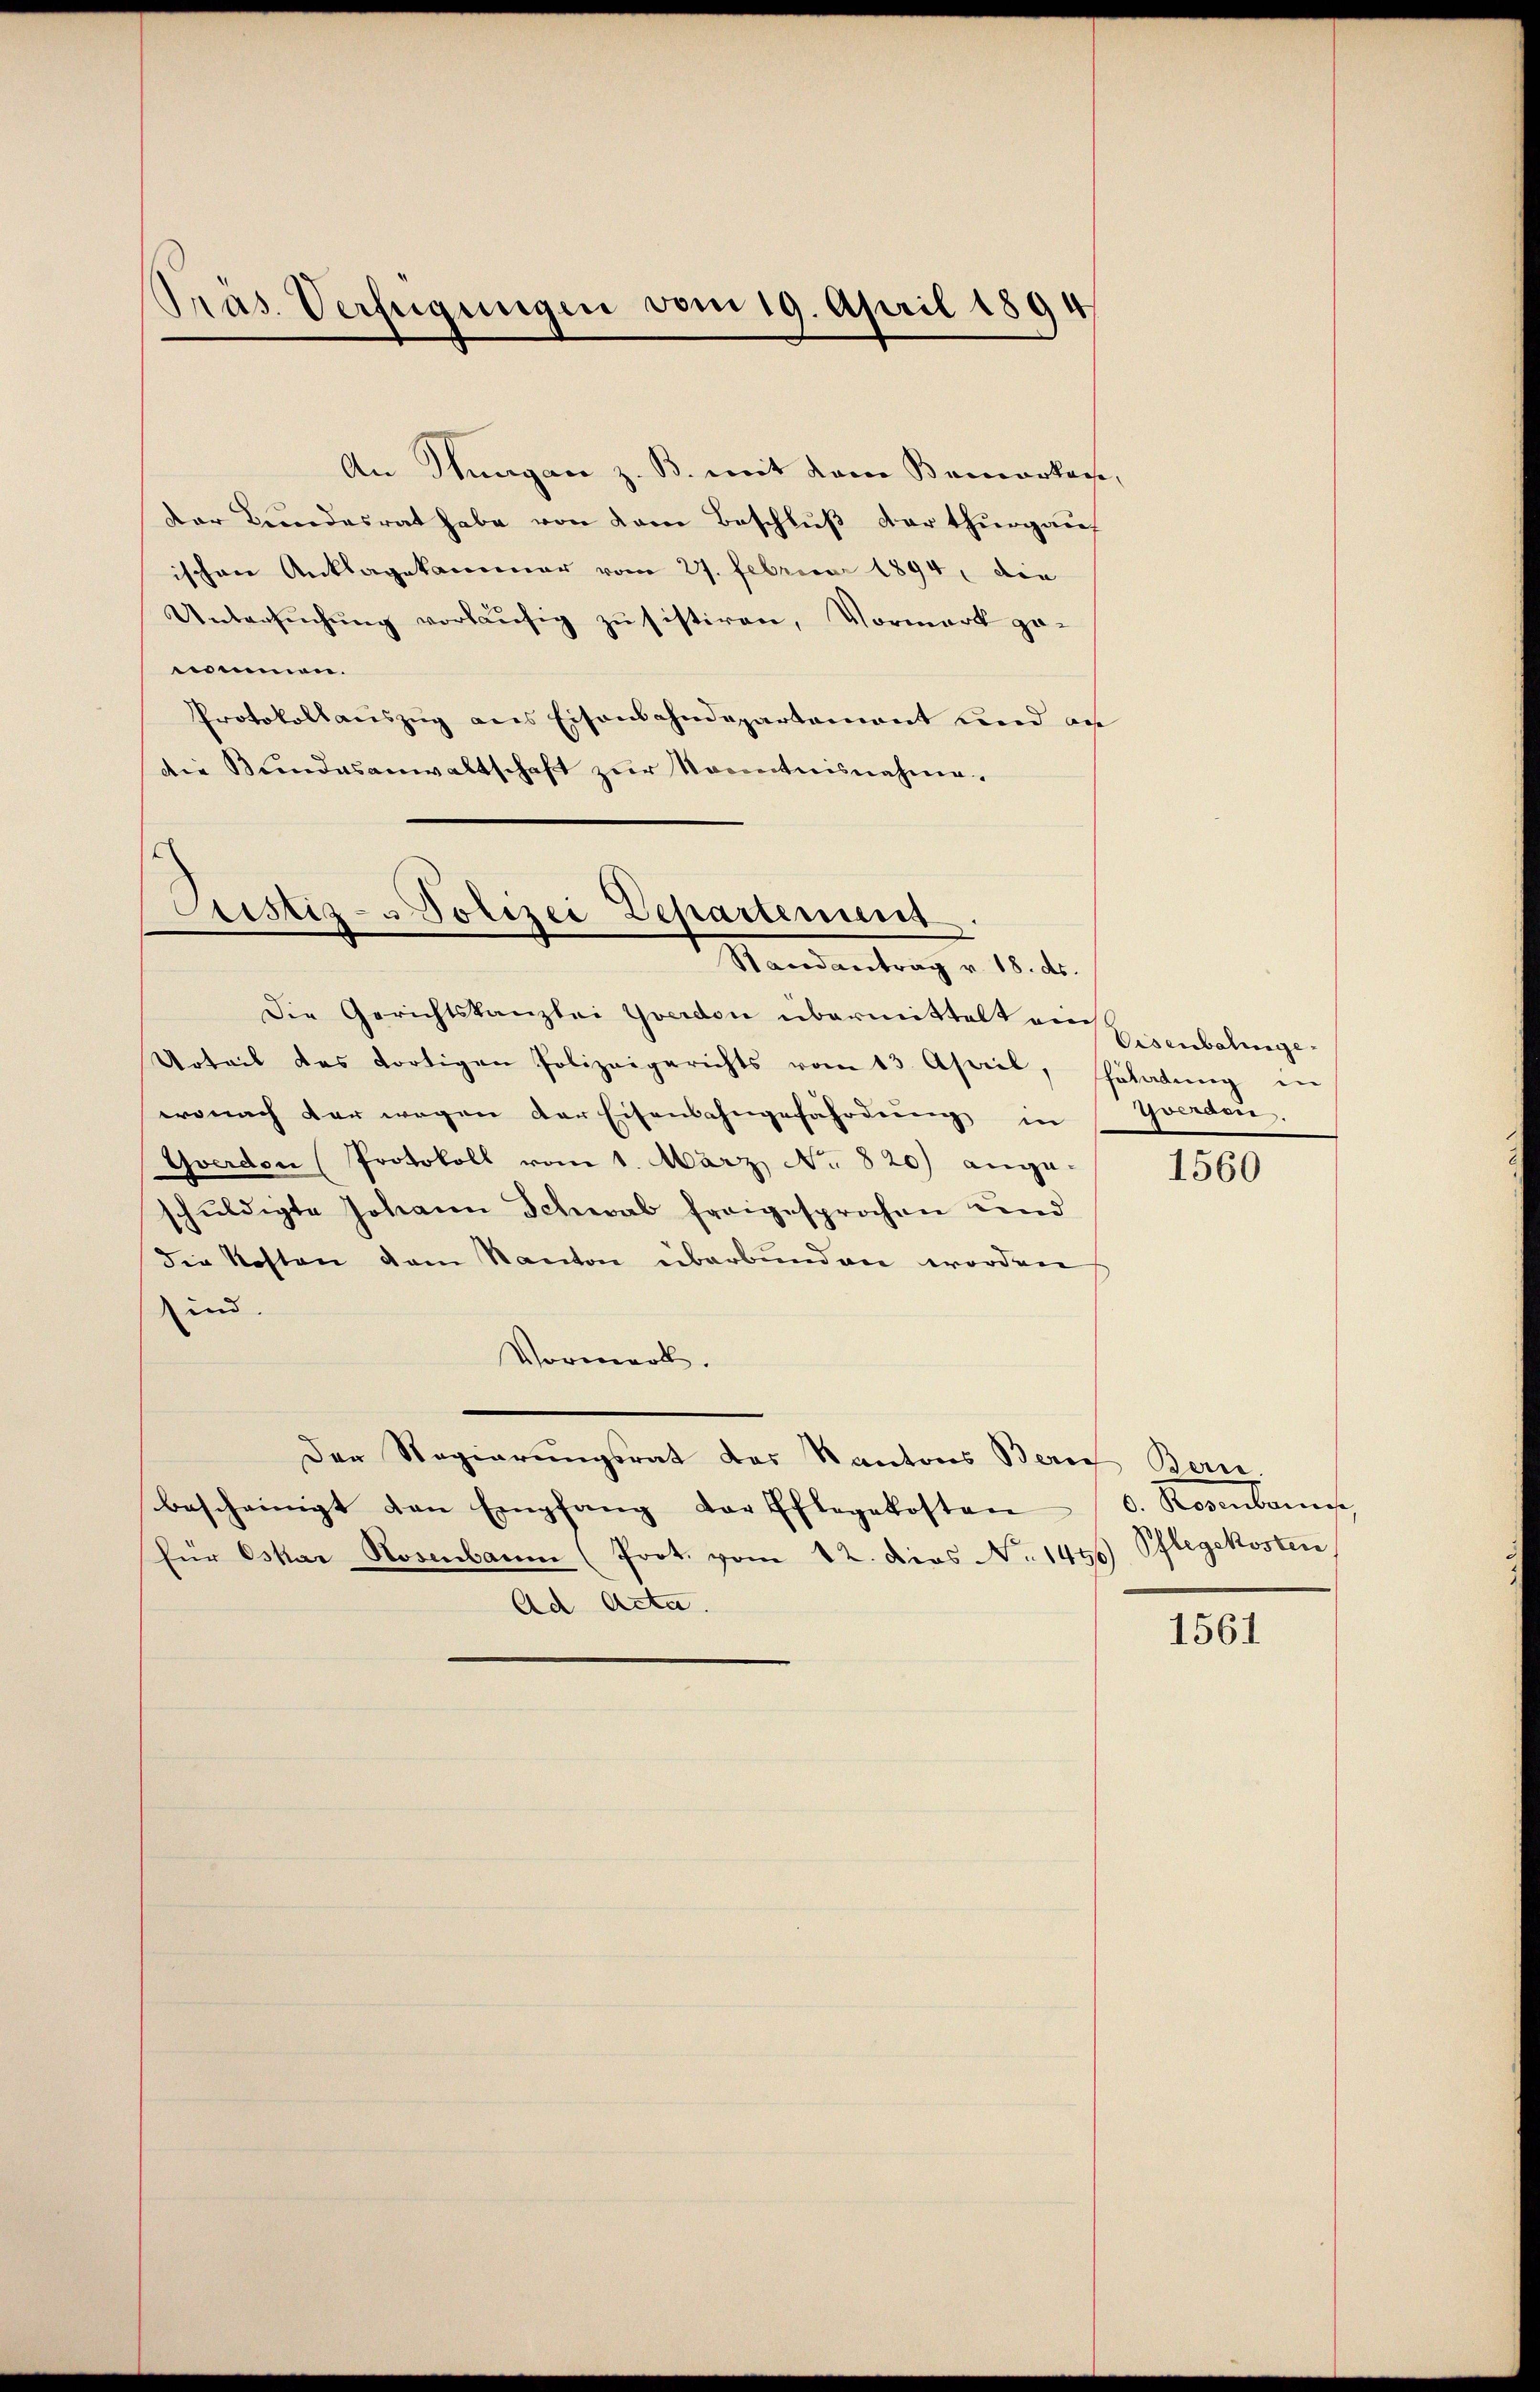
Präs. Verfügungen vom 19. April 1894

An Stuagan z. B. mit dem Bemarkase,
der Bundesrat habe von dem Beschluß der thurgauf
ischen Anklagekammer vom 27. Februar 1894, die
Untersŭchŭng vorläŭfig zŭ sistiren, Vormark ge-
nommen.
Protokollaŭszŭg ans Eisenbahndepartement und an
die Bŭndesanwaltschaft zŭr Kenntnisnahme.

tistiz- & Polizei Departement
Randantrag v. 18. ds.

Die Gerichtskanzlei Yverdon übermittelt an Eisenbalinge
Urteil das dortigen Polizeigerichts vom 13. April, Gladŭng in
wonach der wegen der Eisenbahngefährdung in
Yverdon (Protokoll vom 1. März No. 820) ange
schuldigte Johann Schwab freigesprochen und
die Kosten dem Kanton überbunden worden
und
Vormerk.
Der Regierungsrat des Kantons Zürich Bern.
bescheinigt den Empfang der Pflegekosten
für Oskar Hosenbaum (Prot. vom 12. Dies No. 1496 Pflegekosten
Ad Acta.

Yverden.

1560

b. Rorbas

1561